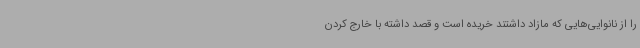
را از نانوایی‌هایی که مازاد داشتند خریده است و قصد داشته با خارج کردن